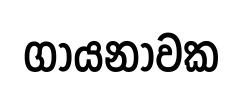
ගායනාවක